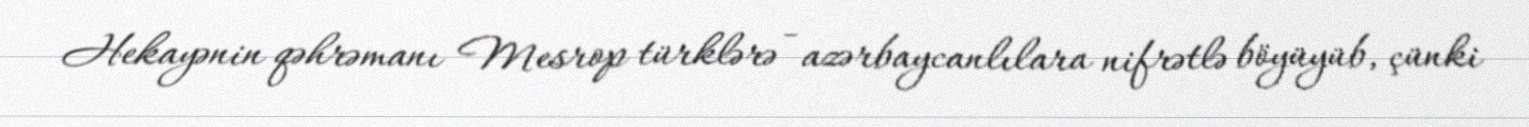
Hekayənin qəhrəmanı Mesrop türklərə - azərbaycanlılara nifrətlə böyüyüb, çünki